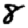
Digit: 8